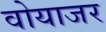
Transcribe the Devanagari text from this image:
वोयाजर